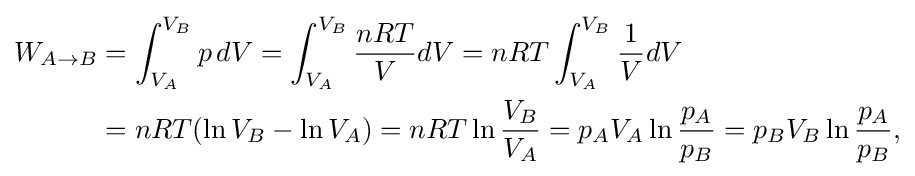
{\begin{aligned}W_{A\to B}&=\int _{V_{A}}^{V_{B}}p\,dV=\int _{V_{A}}^{V_{B}}{\frac {nRT}{V}}dV=nRT\int _{V_{A}}^{V_{B}}{\frac {1}{V}}dV\\&=nRT(\ln {V_{B}}-\ln {V_{A}})=nRT\ln {\frac {V_{B}}{V_{A}}}=p_{A}V_{A}\ln {\frac {p_{A}}{p_{B}}}=p_{B}V_{B}\ln {\frac {p_{A}}{p_{B}}},\\\end{aligned}}